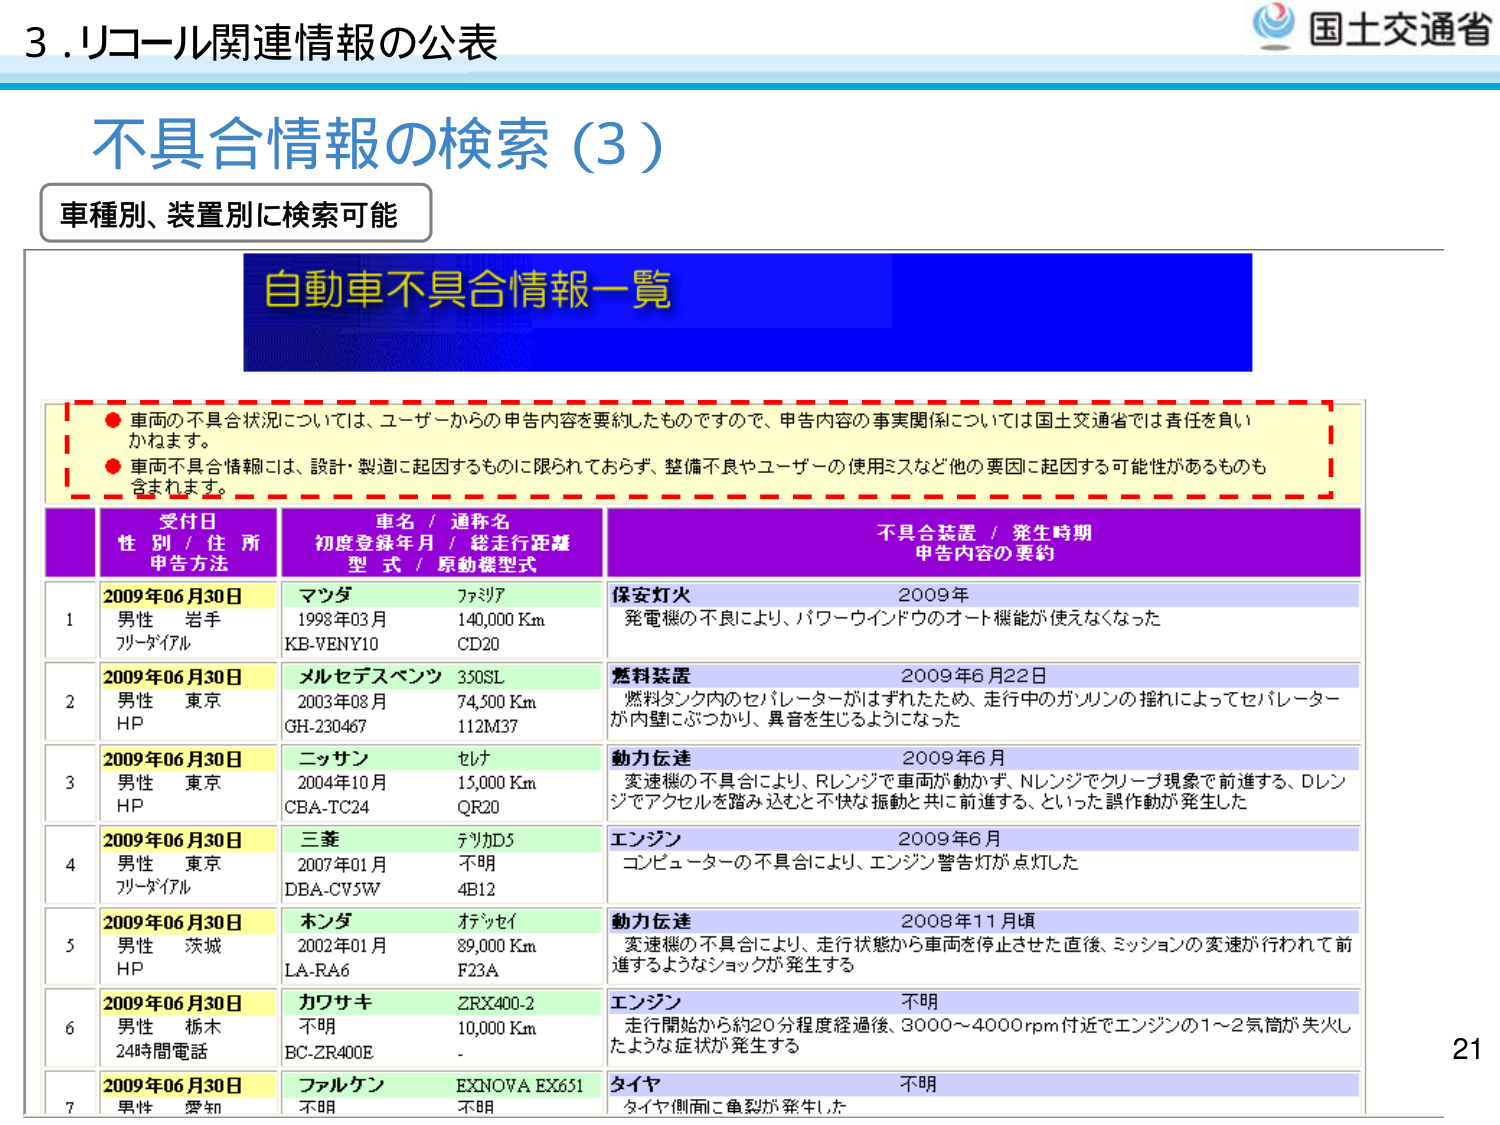
3. リコール関連情報の公表
不具合情報の検索（3）
車種別、装置別に検索可能

自動車不具合情報一覧

● 車両の不具合状況については、ユーザーからの申告内容を要約したものですので、申告内容の事実関係については国土交通省では責任を負いかねます。
● 車両不具合情報には、設計・製造に起因するものに限られておらず、整備不良やユーザーの使用ミスなど他の要因に起因する可能性があるものも含まれます。

| | 受付日 | 性別 / 住所 / 申告方法 | 車名 / 通称名 | 初度登録年月 / 総走行距離 | 型式 / 原動機型式 | 不具合装置 / 発生時期 | 申告内容の要約 |
|---|---|---|---|---|---|---|---|
| 1 | 2009年06月30日 | 男性 東京 フリーダイヤル | マツダ ファミリア | 1998年03月 140,000 Km | KB-VENY10 CD20 | 保安灯火 2009年 | 発電機の不良により、パワーウィンドウのオート機能が使えなくなった |
| 2 | 2009年06月30日 | 男性 東京 HP | メルセデスベンツ 350SL | 2003年08月 74,500 Km | GH-230467 112M37 | 燃料装置 2009年6月22日 | 燃料タンク内のセパレーターがはずれたため、走行中のガソリンの揺れによってセパレーターが内壁にぶつかり、異音を生じるようになった |
| 3 | 2009年06月30日 | 男性 東京 HP | ニッサン セレナ | 2004年10月 15,000 Km | CBA-TC24 QR20 | 動力伝達 2009年6月 | 変速機の不具合により、Rレンジで車両が動かず、Nレンジでクリープ現象で前進する、Dレンジでアクセルを踏み込むと不快な振動と共に前進する、といった誤作動が発生した |
| 4 | 2009年06月30日 | 男性 東京 フリーダイヤル | 三菱 デリカD5 | 2007年01月 不明 | DBA-CV3W 4B12 | エンジン 2009年6月 | コンピューターの不具合により、エンジン警告灯が点灯した |
| 5 | 2009年06月30日 | 男性 茨城 HP | ホンダ オデッセイ | 2002年01月 89,000 Km | LA-RA6 F23A | 動力伝達 2008年11月頃 | 変速機の不具合により、走行状態から車両が停止させた直後、ミッションの変速が行われて前進するようなショックが発生する |
| 6 | 2009年06月30日 | 男性 栃木 24時間電話 | カワサキ ZRX400-2 | 不明 10,000 Km | BC-ZR400E - | エンジン 不明 | 走行開始から約20分程度経過後、3000～4000rpm付近でエンジンの1～2気筒が失火したような症状が発生する |
| 7 | 2009年06月30日 | 男性 愛知 | ファルケン EXNOVA EX651 | 不明 不明 | - - | タイヤ 不明 | タイヤ側面に亀裂が発生した |

国土交通省
21